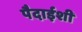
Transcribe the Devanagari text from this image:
पैदाईशी